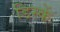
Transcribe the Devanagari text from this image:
डिस्कें